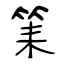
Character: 筙